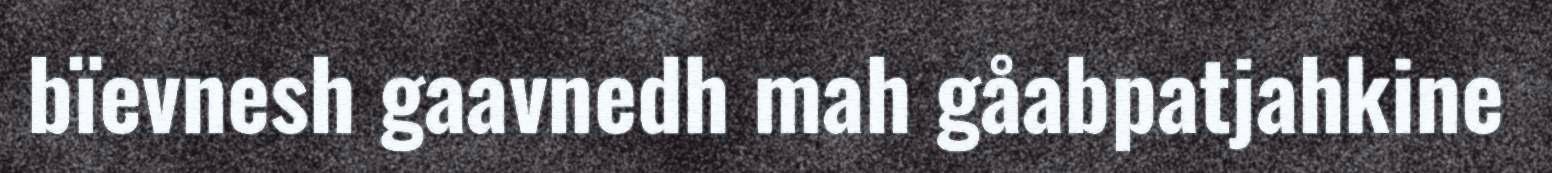
bïevnesh gaavnedh mah gåabpatjahkine